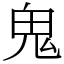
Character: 鬼